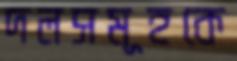
দলসমূহকে